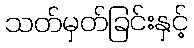
သတ်မှတ်ခြင်းနှင့်